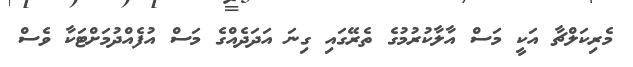
މެރިކަލްޗާ އަކީ މަސް އާލާކުރުމުގެ ތެރޭގައި ގިނަ އަދަދެއްގެ މަސް އުފެއްދުމަށްޓަކާ ވެސް